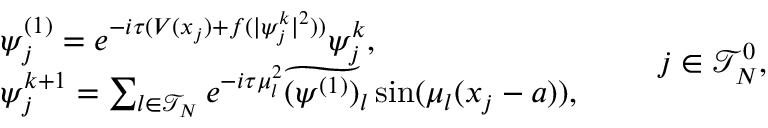
\begin{array} { r l } & { \psi _ { j } ^ { ( 1 ) } = e ^ { - i \tau ( V ( x _ { j } ) + f ( | \psi _ { j } ^ { k } | ^ { 2 } ) ) } \psi _ { j } ^ { k } , } \\ & { \psi _ { j } ^ { k + 1 } = \sum _ { l \in \mathcal { T } _ { N } } e ^ { - i \tau \mu _ { l } ^ { 2 } } \widetilde { ( \psi ^ { ( 1 ) } ) } _ { l } \sin ( \mu _ { l } ( x _ { j } - a ) ) , } \end{array} \qquad j \in \mathcal { T } _ { N } ^ { 0 } ,